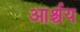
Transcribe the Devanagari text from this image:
आर्श्चय